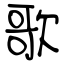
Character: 歌